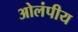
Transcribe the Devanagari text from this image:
ओलंपीय